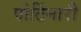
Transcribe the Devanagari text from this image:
पोर्टिनारी